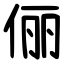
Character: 俪